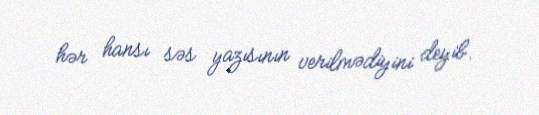
hər hansı səs yazısının verilmədiyini deyib.